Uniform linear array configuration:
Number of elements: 4
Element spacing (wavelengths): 0.25
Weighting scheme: kaiser
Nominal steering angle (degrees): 60
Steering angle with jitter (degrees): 60.17
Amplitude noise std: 0.05
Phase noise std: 0.05

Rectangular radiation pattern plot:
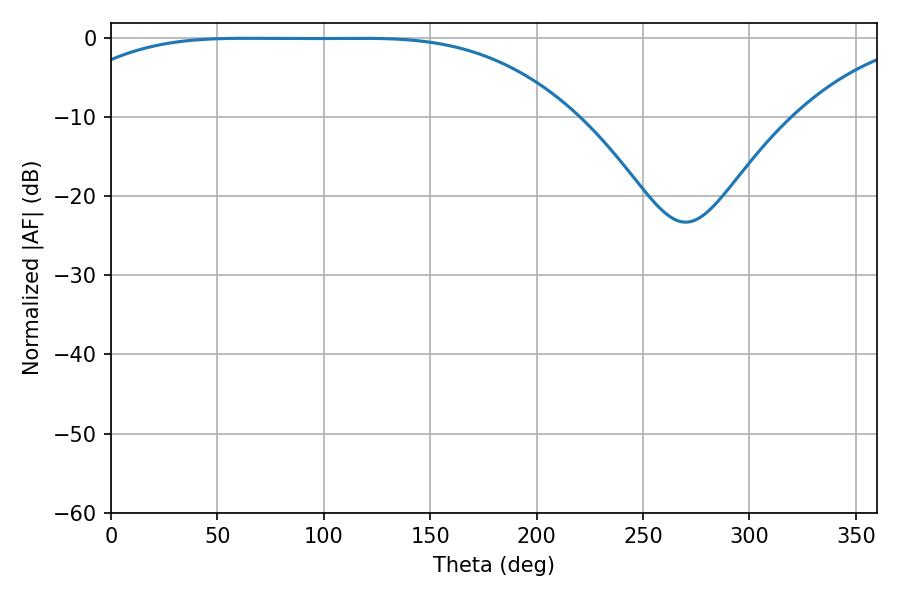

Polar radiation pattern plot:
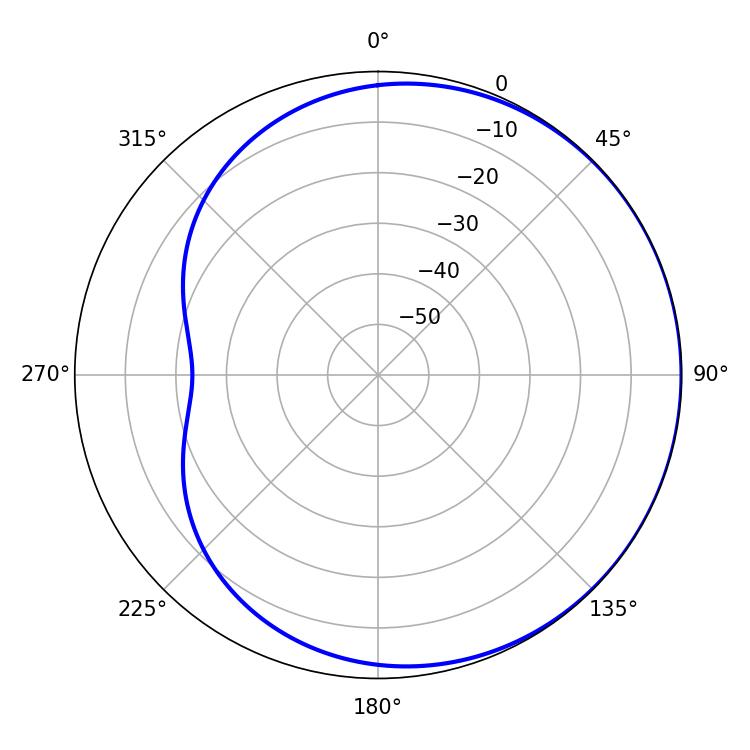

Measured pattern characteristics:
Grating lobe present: FALSE
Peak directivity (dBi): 0.5222
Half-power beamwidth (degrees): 182.52
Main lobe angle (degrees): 63.72